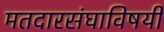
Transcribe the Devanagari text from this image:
मतदारसंघाविषयी